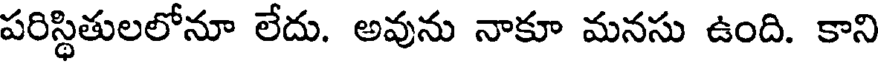
పరిస్థితులలోనూ లేదు. అవును నాకూ మనసు ఉంది. కాని